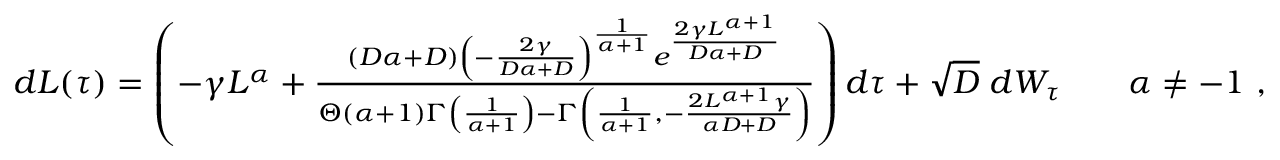
\begin{array} { r } { d L ( \tau ) = \left( - \gamma L ^ { \alpha } + \frac { ( D \alpha + D ) \left( - \frac { 2 \gamma } { D \alpha + D } \right) ^ { \frac { 1 } { \alpha + 1 } } e ^ { \frac { 2 \gamma L ^ { \alpha + 1 } } { D \alpha + D } } } { \Theta ( \alpha + 1 ) \Gamma \left( \frac { 1 } { \alpha + 1 } \right) - \Gamma \left( \frac { 1 } { \alpha + 1 } , - \frac { 2 L ^ { \alpha + 1 } \gamma } { \alpha D + D } \right) } \right) d \tau + \sqrt { D } \; d W _ { \tau } \qquad \alpha \neq - 1 \ , } \end{array}